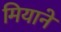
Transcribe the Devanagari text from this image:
मियाने